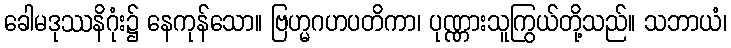
ခေါမဒုဿနိဂုံး၌ နေကုန်သော။ ဗြဟ္မဂဟပတိကာ၊ ပုဏ္ဏားသူကြွယ်တို့သည်။ သဘာယံ၊